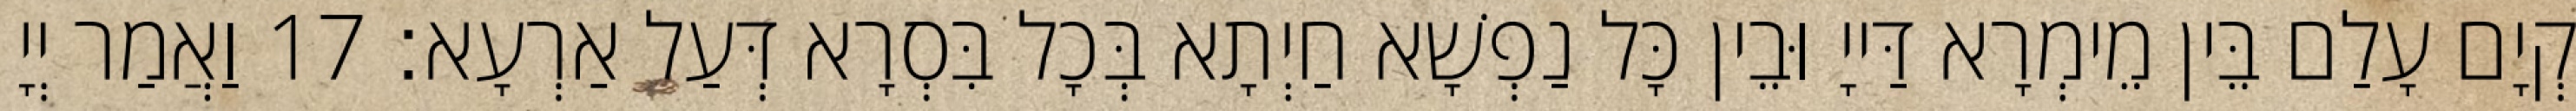
קְיָם עָלַם בֵּין מֵימְרָא דַּייָ וּבֵין כָּל נַפְשָׁא חַיְתָא בְּכָל בִּסְרָא דְּעַל אַרְעָא׃ 17 וַאֲמַר יְיָ